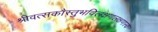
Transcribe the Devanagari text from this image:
श्रीवत्सकौस्तुभविलक्षणलक्षणस्य